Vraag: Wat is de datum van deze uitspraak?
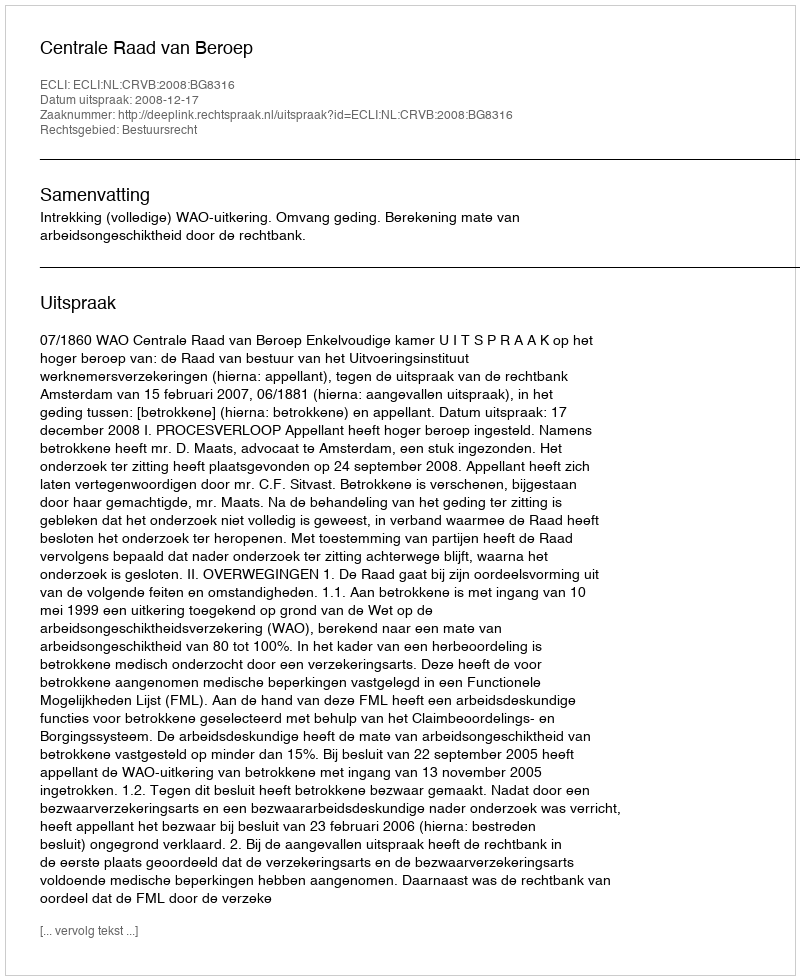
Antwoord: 2008-12-17